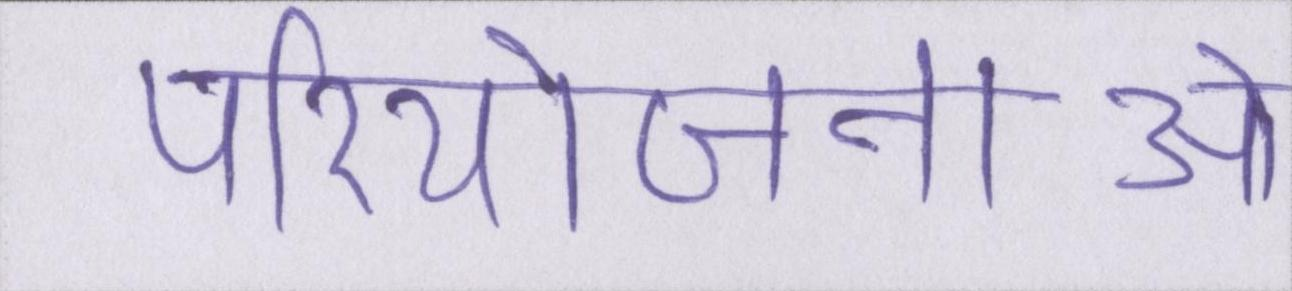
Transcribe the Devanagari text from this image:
परियोजनाओं